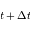
t + \Delta t